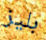
بليز